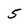
Character: 5